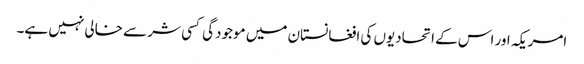
امریکہ اور اس کے اتحادیوں کی افغانستان میں موجودگی کسی شر سے خالی نہیں ہے۔